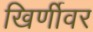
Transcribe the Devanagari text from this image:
खिर्णीवर